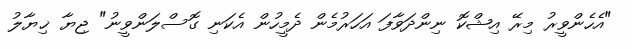
"އެހެންވީރު މިރޭ އިޝްކޮ ނިންދަވާފަ އަހަރުމެން ދެމީހުން އެކަނި ގޮސްލަންވީނު" ޖިޔާ ޚިޔާލު